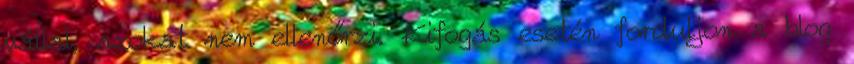
vállal, azokat nem ellenőrzi. Kifogás esetén forduljon a blog